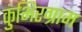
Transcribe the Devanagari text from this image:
कुंभिरग्राम